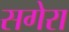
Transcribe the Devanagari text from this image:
सगेरा